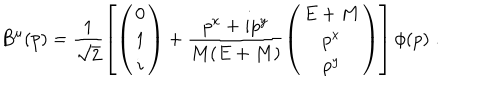
B ^ { \mu } ( p ) = \frac { 1 } { \sqrt 2 } \left[ \left( \begin{array} { c } { { 0 } } \\ { { 1 } } \\ { { i } } \\ \end{array} \right) + \frac { p ^ { x } + i p ^ { y } } { M ( E + M ) } \left( \begin{array} { c } { { E + M } } \\ { { p ^ { x } } } \\ { { p ^ { y } } } \\ \end{array} \right) \right] \phi ( p ) \; .